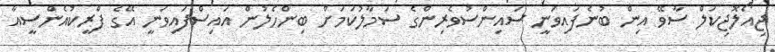
ޖިއޯލޮޖިކަލް ސާވޭ އިން ބުނެފައިވަނީ ސައިންސުވެރިންގެ ސަމާލުކަމަށް ބިންހެލުން އައިސްފައިވަނީ އޭގެ ފްރީކުއެންސީއާ